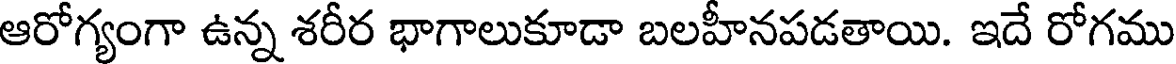
ఆరోగ్యంగా ఉన్న శరీర భాగాలుకూడా బలహీనపడతాయి. ఇదే రోగము